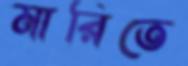
মারিতে